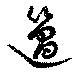
簻